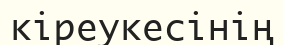
кіреукесінің